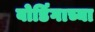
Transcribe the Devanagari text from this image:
बोर्डिंगाच्या